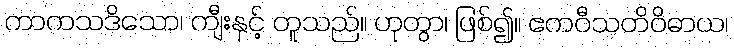
ကာကသဒိသော၊ ကျီးနှင့် တူသည်။ ဟုတွာ၊ ဖြစ်၍။ ဧကဝီသတိဝိဓာယ၊